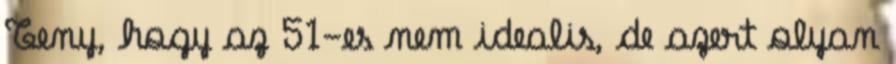
Teny, hogy az 51-es nem idealis, de azert olyan